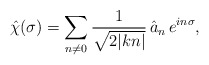
\begin{align*}\hat{\chi} (\sigma)=\sum_{ n \ne 0 }\frac{1}{ \sqrt{2|kn|} } \,\hat{a}_n \, e^{ i n \sigma },\end{align*}